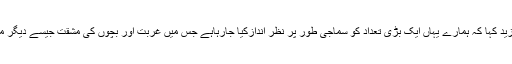
رئیس کلیہ سماجی علوم پروفیسر ڈاکٹر مونس احمر نے مزید کہا کہ ہمارے یہاں ایک بڑی تعداد کو سماجی طور پر نظر اندازکیا جارہاہے جس میں غربت اور بچوں کی مشقت جیسے دیگر مسائل شامل ہیں جس کا سد باب وقت کی اہم ضرورت ہے۔